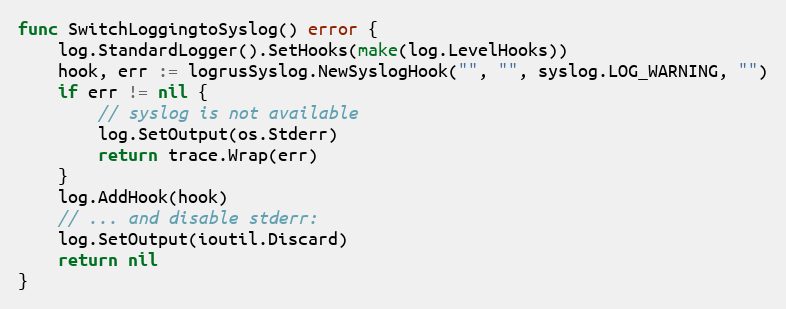
Language: Go
func SwitchLoggingtoSyslog() error {
	log.StandardLogger().SetHooks(make(log.LevelHooks))
	hook, err := logrusSyslog.NewSyslogHook("", "", syslog.LOG_WARNING, "")
	if err != nil {
		// syslog is not available
		log.SetOutput(os.Stderr)
		return trace.Wrap(err)
	}
	log.AddHook(hook)
	// ... and disable stderr:
	log.SetOutput(ioutil.Discard)
	return nil
}